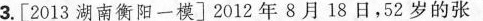
3.[2013湖南衡阳一模]2012年8月18日，52岁的张